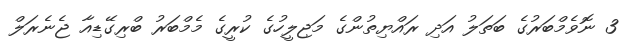
3 ނޮވެމްބަރުގެ ބަތަލު އަދި ރައްޔިތުންގެ މަޖިލީހުގެ ކުރީގެ މެމްބަރު ބްރިގޭޑިއާ ޖެނެރަލް